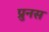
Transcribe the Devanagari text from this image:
प्रुनस